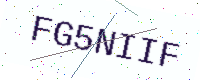
Text: FG5NIIF